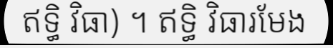
ឥទ្ធិ វិធា) ។ ឥទ្ធិ វិធារមែង